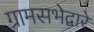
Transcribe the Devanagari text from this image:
ग्रामसभेद्वारे